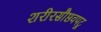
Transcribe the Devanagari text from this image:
शरीरसौष्ठवपटू